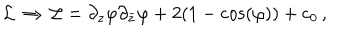
{ \cal L } \, \Rightarrow \, { \cal L } = \partial _ { z } \varphi \partial _ { \bar { z } } \varphi + 2 ( 1 - \cos ( \varphi ) ) + c _ { 0 } \, ,